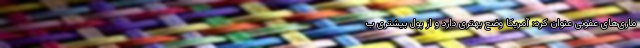
ماری‌های عفونی عنوان کرد: آمریکا وضع بهتری دارد و از پول بیشتری ب